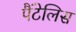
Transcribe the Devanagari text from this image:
पैंटेलिस